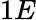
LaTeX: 1E